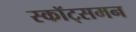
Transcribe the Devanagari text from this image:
स्कॉट्समन